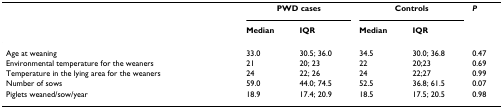
|  | <COLSPAN=2> PWD cases | <COLSPAN=2> Controls | P |
 |  | Median | IQR | Median | IQR |  |
 | --- | --- | --- | --- | --- | --- |
 | Age at weaning | 33.0 | 30.5; 36.0 | 34.5 | 30.0; 36.8 | 0.47 |
 | Environmental temperature for the weaners | 21 | 20; 23 | 22 | 20;23 | 0.69 |
 | Temperature in the lying area for the weaners | 24 | 22; 26 | 24 | 22;27 | 0.99 |
 | Number of sows | 59.0 | 44.0; 74.5 | 52.5 | 36.8; 61.5 | 0.07 |
 | Piglets weaned/sow/year | 18.9 | 17.4; 20.9 | 18.5 | 17.5; 20.5 | 0.98 |